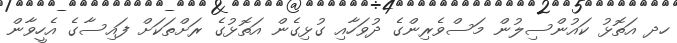
ހދ އަތޮޅު ކައުންސިލުން މަސްވެރިންގެ ދުވަހާއި ގުޅިގެން އަތޮޅުގެ ރަށްތަކަށް ފައިސާގެ އެހީވާން